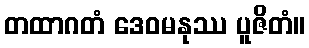
တထာဂတံ ဒေဝမနုဿ ပူဇိတံ။